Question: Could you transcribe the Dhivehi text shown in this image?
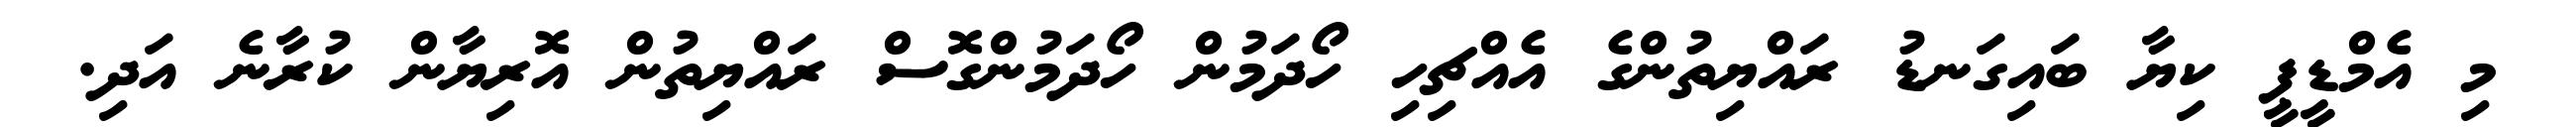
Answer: މި އެމްޑީޕީ ކިޔާ ބައިގަނޑު ރައްޔިތުންގެ އެއްޗިހި ހޯދަމުން ހޯދަމުންގޮސް ރައްޔިތުން އޮރިޔާން ކުރާނެ އަދި.